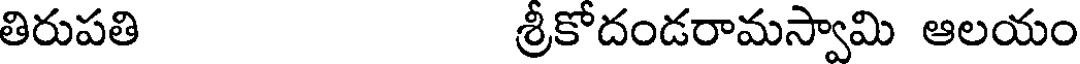
తిరుపతి శ్రీకోదండరామస్వామి ఆలయం